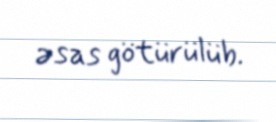
əsas götürülüb.